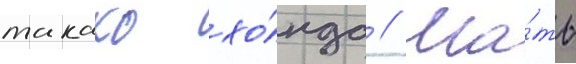
такако хо́нда // Ма́ть